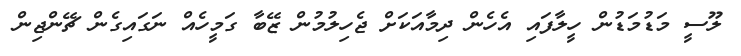
ލޫސީ މަޑުމަޑުން ހީލާފައި އެހެން ދިމާއަކަށް ޖެހިލުމުން ޒޭބާ ގަމީހެއް ނަގައިގެން ޗޭންޖިން